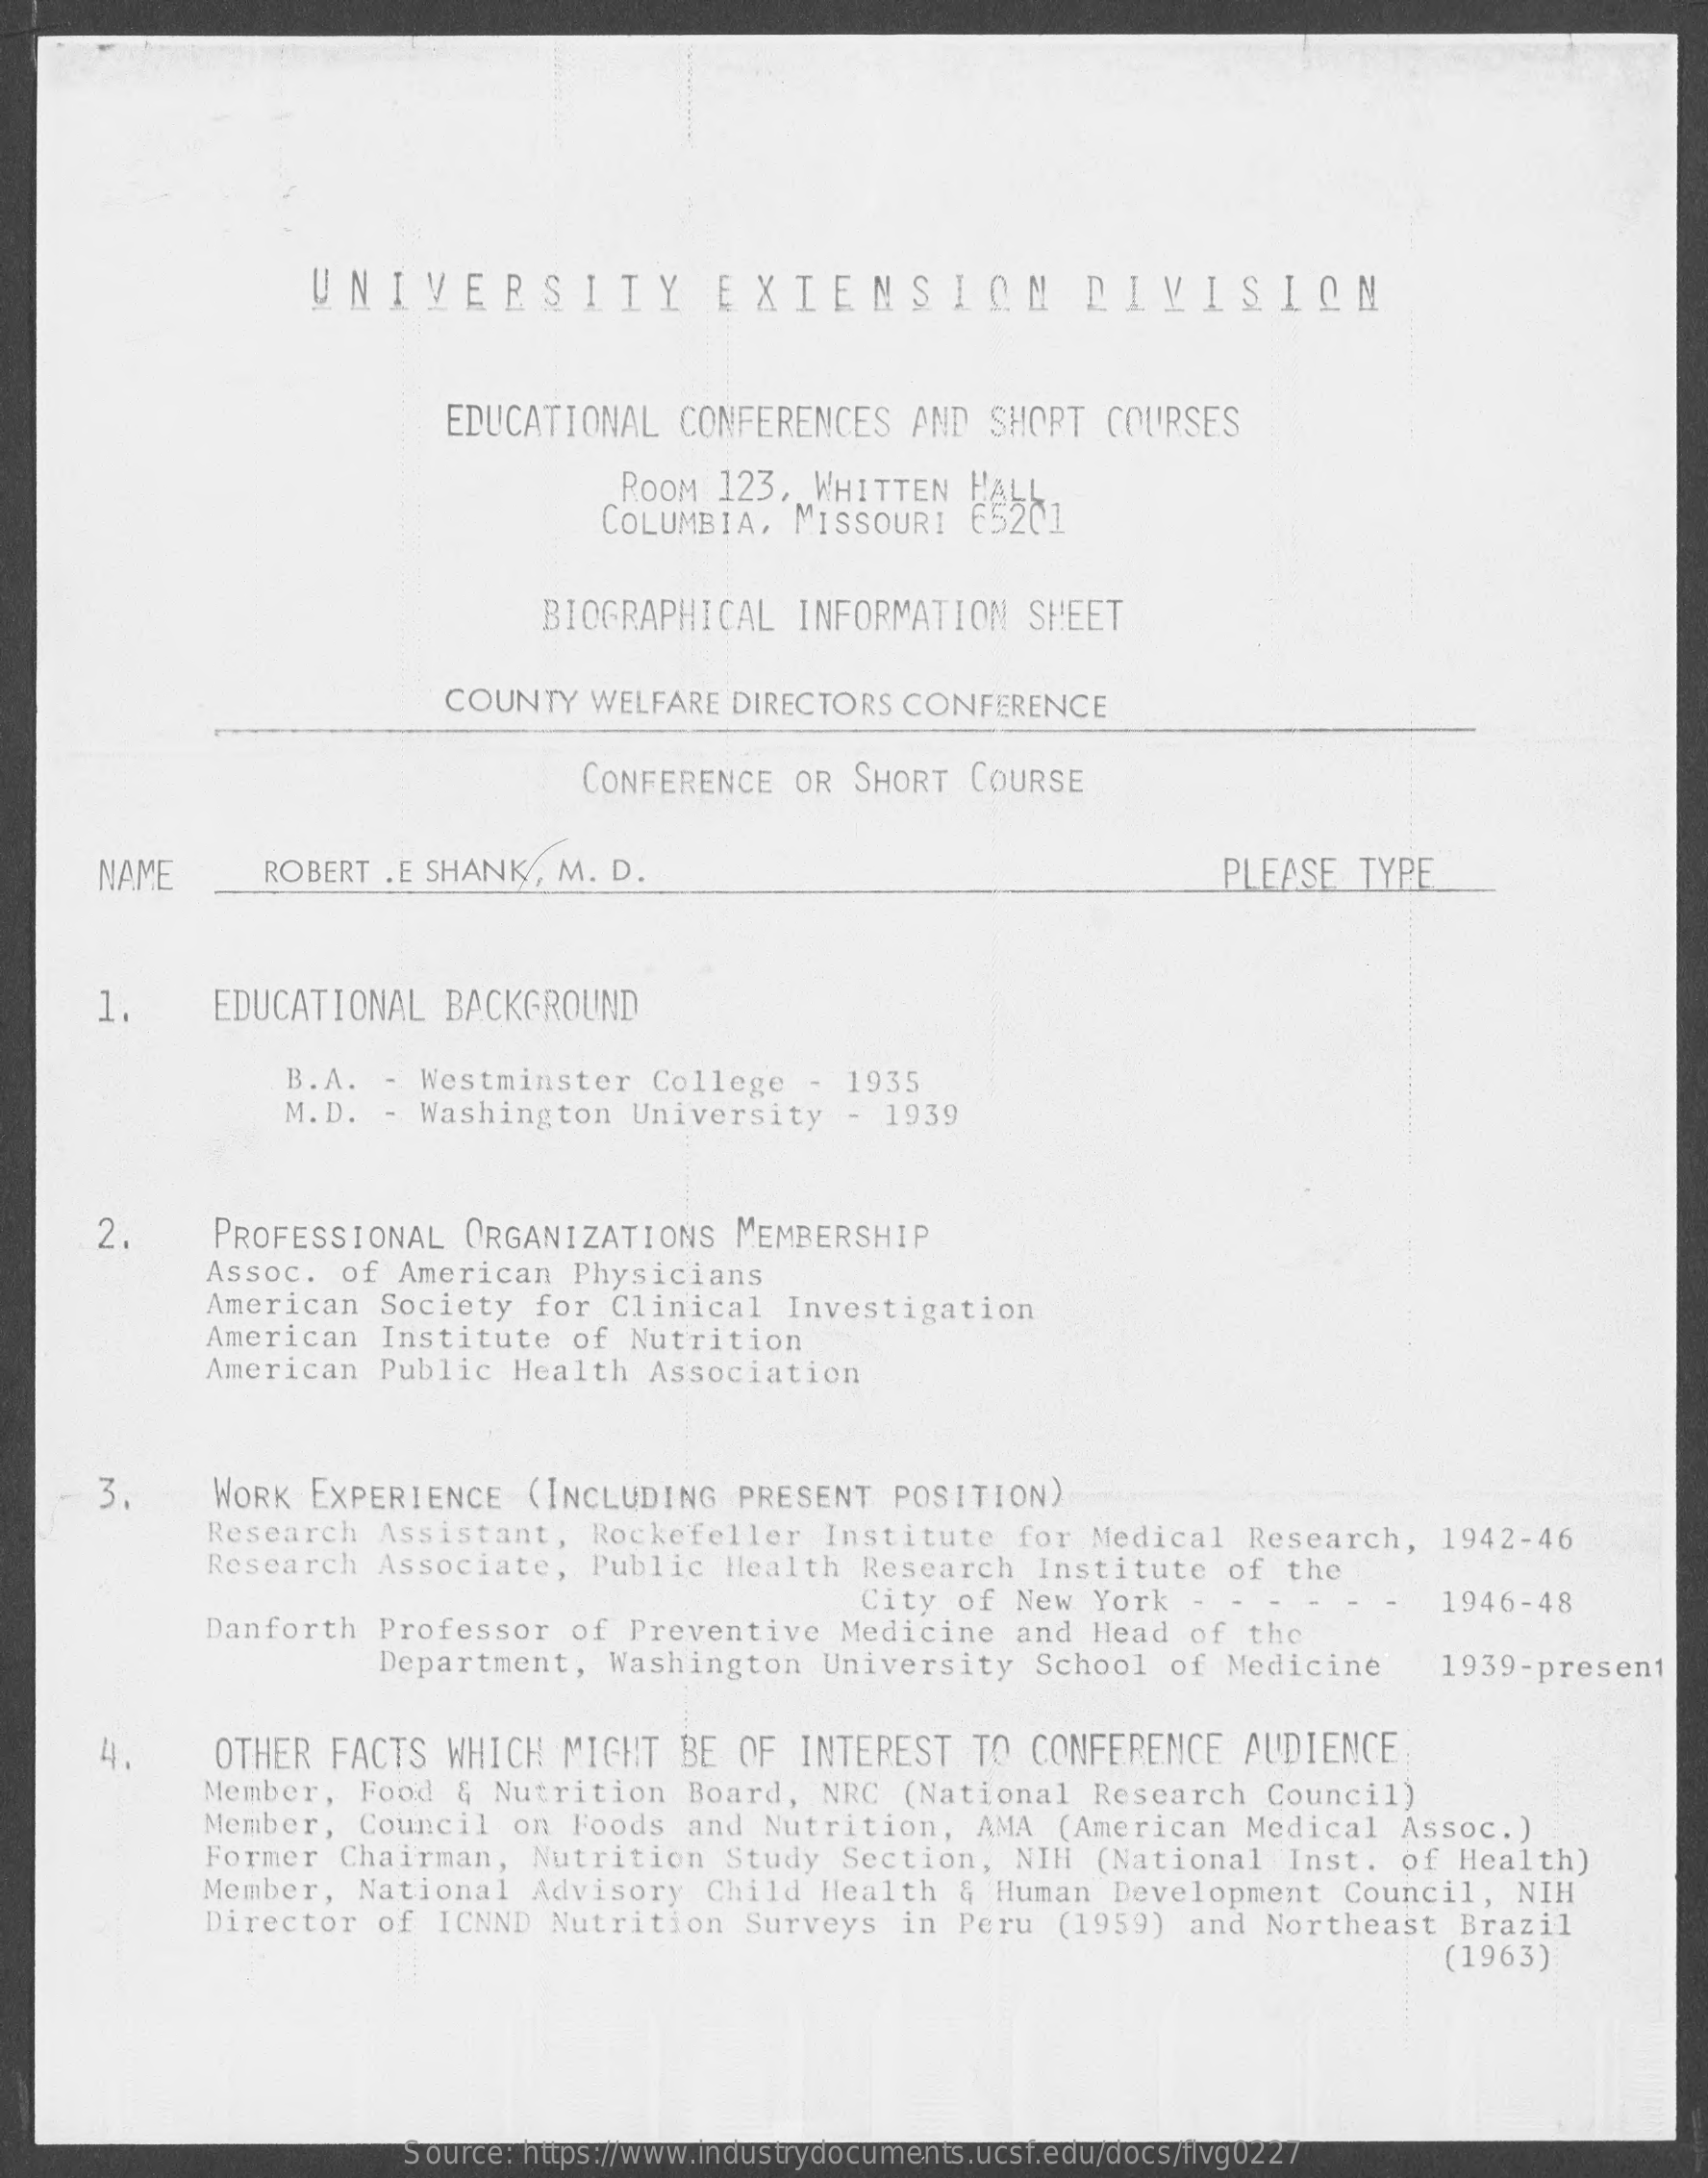
UNIVERSITY    EXTENSION    DIVISION
     EDUCATIONAL CONFERENCES AND SHORT COURSES
     ROOM 123, WHITTEN
     COLUMBIA, MISSOURI
     BIOGRAPHICAL INFORMATION SHEET
     COUNTY WELFARE DIRECTORS CONFERENCE
     CONFERENCE OR SHORT COURSE
     NAME    ROBERT . E SHANK, M. D.    PLEASE TYPE
     1.   EDUCATIONAL BACKGROUND
     B.A. - Westminster College - 1935
     M.D. - Washington University - 1939
     2.   PROFESSIONAL ORGANIZATIONS MEMBERSHIP
     Assoc. of American Physicians
     American Society for Clinical Investigation
     American Institute of Nutrition
     American Public Health Association
     3    WORK EXPERIENCE (INCLUDING PRESENT POSITION)
     Research Assistant, Rockefeller Institute for Medical Research, 1942-46
     Research Associate, Public Health Research Institute of the
     City of New York -    1946-48
     Danforth Professor of Preventive Medicine and Head of the
     Department, Washington University School of Medicine 1939-present
     4.   OTHER FACTS WHICH MIGHT BE OF INTEREST TO CONFERENCE AUDIENCE
     Member, Food & Nutrition Board, NRC (National Research Council)
     Member, Council on Foods and Nutrition, AMA (American Medical Assoc.)
     Former Chairman, Nutrition Study Section, NIH (National Inst. of Health)
     Member, National Advisory Child Health & Human Development Council, NIH
     Director of ICNND Nutrition Surveys in Peru (1959) and Northeast Brazil
     (1963)
     Source: https://www.industrydocuments.ucsf.edu/docs/flvg0227